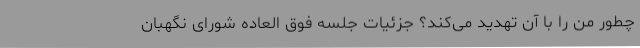
چطور من را با آن تهدید می‌کند؟ جزئیات جلسه فوق العاده شورای نگهبان